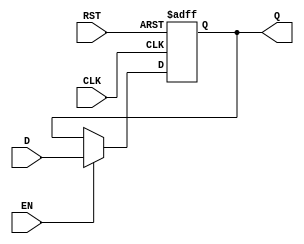
module DataRegister #(
    parameter WIDTH = 8  // Parameter to define the width of the register
)(
    input wire [WIDTH-1:0] D,     // Data input
    input wire CLK,                // Clock input
    input wire RST,                // Asynchronous reset input
    input wire EN,                 // Enable input
    output reg [WIDTH-1:0] Q       // Data output
);

    // Always block for the register functionality
    always @(posedge CLK or posedge RST) begin
        if (RST) begin
            Q <= {WIDTH{1'b0}};      // Clear the register on reset
        end else if (EN) begin
            Q <= D;                  // Capture data on clock edge if enabled
        end
    end

endmodule